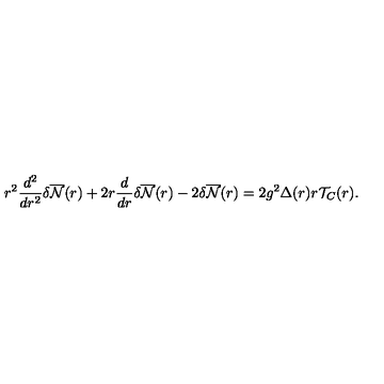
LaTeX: r ^ { 2 } \frac { d ^ { 2 } } { d r ^ { 2 } } { \delta } \overline { { \cal { N } } } ( r ) + 2 r \frac { d } { d r } { \delta } \overline { { \cal { N } } } ( r ) - 2 { \delta } \overline { { \cal { N } } } ( r ) = 2 g ^ { 2 } { \Delta } ( r ) r { \cal T } _ { C } ( r ) .